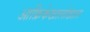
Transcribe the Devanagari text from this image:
आफ्रिकेखालोखाल